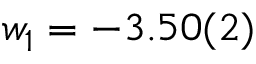
w _ { 1 } = - 3 . 5 0 ( 2 )